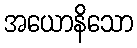
အယောနိသော